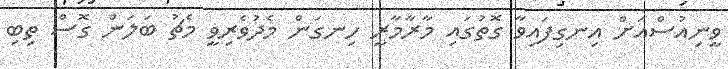
ވީނިއުސްއަށް އިނގިފައިވާ ގޮތުގައި މާރާމާރީ ހިނގަން މެދުވެރިވީ މެޗު ބަލަން ގޮސް ތިބި